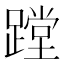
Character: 蹚